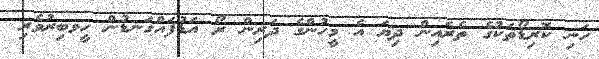
ހަނި ކޮރިޑޯތަކުގެ ތެރެއިން ދިޔަ އެ މީހުންގެ ދަރިން ރޯ އަޑުފައްގަނޑުން ހީވބިރުވެރި